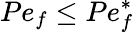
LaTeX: Pe_{f}\leq Pe_{f}^{\ast}